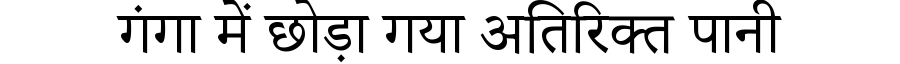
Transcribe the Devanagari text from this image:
गंगा में छोड़ा गया अतिरिक्त पानी